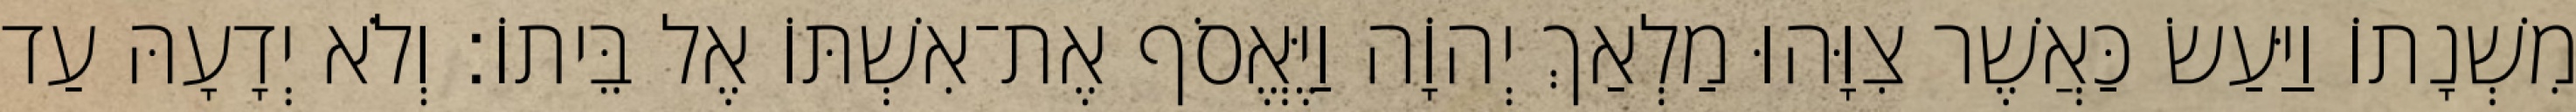
מִשְׁנָתוֹ וַיַּעַשׂ כַּאֲשֶׁר צִוָּהוּ מַלְאַךְ יְהוָֹה וַיֶּאֱסֹף אֶת־אִשְׁתּוֹ אֶל בֵּיתוֹ׃ וְלֹא יְדָעָהּ עַד